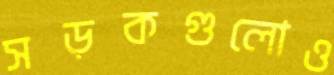
সড়কগুলোও